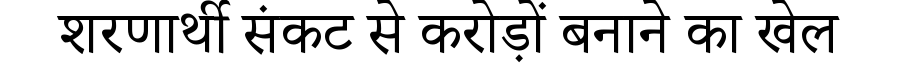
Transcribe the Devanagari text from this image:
शरणार्थी संकट से करोड़ों बनाने का खेल